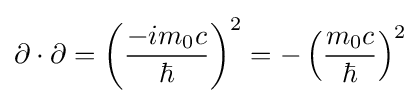
\mathbf {\partial } \cdot \mathbf {\partial } =\left({\frac {-im_{0}c}{\hbar }}\right)^{2}=-\left({\frac {m_{0}c}{\hbar }}\right)^{2}